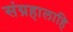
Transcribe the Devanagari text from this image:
संग्रहालाहि